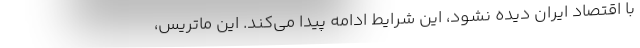
با اقتصاد ایران دیده نشود، این شرایط ادامه پیدا می‌کند. این ماتریس،